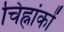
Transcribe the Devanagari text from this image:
चिह्नांकों